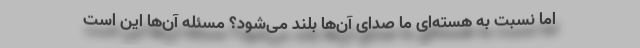
امّا نسبت به هسته‌ای ما صدای آن‌ها بلند می‌شود؟ مسئله آن‌ها این است